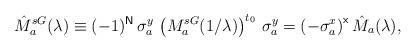
LaTeX: \begin{align*}\hat{M}_{a}^{sG}(\lambda )\equiv (-1)^{\mathsf{N}}\,\sigma _{a}^{y}\,\left(M_{a}^{sG}(1/\lambda )\right) ^{t_{0}}\,\sigma _{a}^{y}=\left( -\sigma_{a}^{x}\right) ^{\mathsf{x}}\hat{M}_{a}(\lambda ),\end{align*}